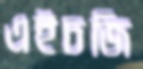
এইচজি